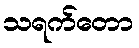
သရက်တော